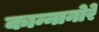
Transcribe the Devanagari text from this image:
कान्नानोरे